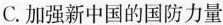
C.加强新中国的国防力量